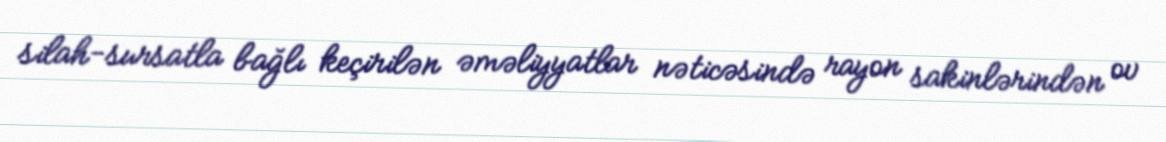
silah-sursatla bağlı keçirilən əməliyyatlar nəticəsində rayon sakinlərindən ov